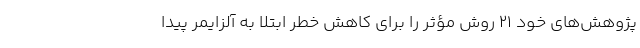
پژوهش‌های خود ۲۱ روش مؤثر را برای کاهش خطر ابتلا به آلزایمر پیدا